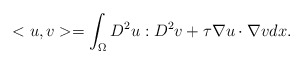
\begin{align*}<u,v>=\int_\Omega D^2u:D^2v+\tau\nabla u\cdot\nabla v dx.\end{align*}